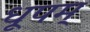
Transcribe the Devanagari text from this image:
धूपम्‌